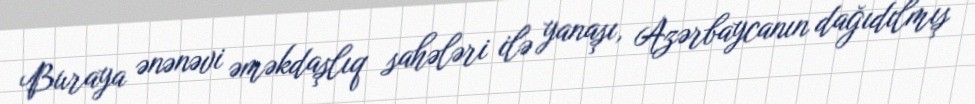
Buraya ənənəvi əməkdaşlıq sahələri ilə yanaşı, Azərbaycanın dağıdılmış